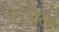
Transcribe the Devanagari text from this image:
डेरेबैल